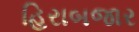
હિરાબજાર